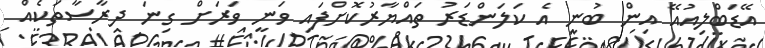
އޭޑަބްލިއުއޭ އިން ބުނީ އެ ކަލަންޑަރު ތައްޔާރުކޮށްފައި ވަނީ ވަރަށް ގިނަ ދިރާސާތަކެއް